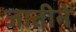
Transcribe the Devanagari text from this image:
जातीनें